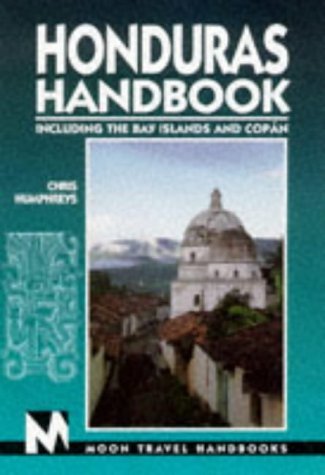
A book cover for Honduras Handbook: Including the Bay Islands and Copan (Moon Honduras); Chris Humphrey; Travel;